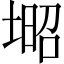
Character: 𡎣